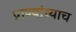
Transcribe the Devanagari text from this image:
प्राण्यांच्याच